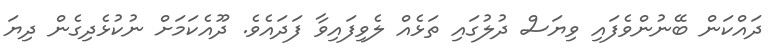
ދައްކަން ބޭނުންވެފައި ވިޔަސް ދުލުގައި ތަޅެއް ލެވިފައިވާ ފަދައެވެ. ދޫއެކަމަށް ނުކުޅެދިގެން ދިޔަ